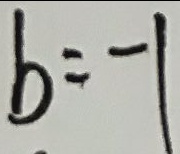
b = - 1